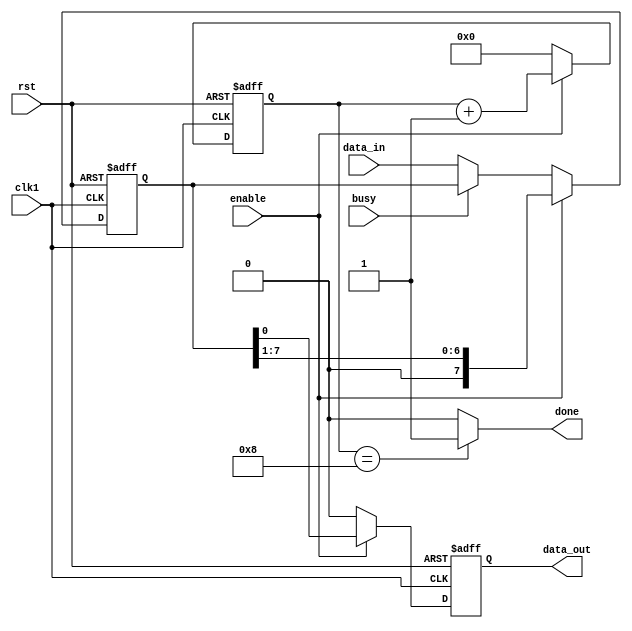
`timescale 1ns / 1ps
//////////////////////////////////////////////////////////////////////////////////
// Company: 
// Engineer: 
// 
// Design Name: 
// Module Name: serializer
// Project Name: 
// Target Devices: 
// Tool Versions: 
// Description: 
// 
// Dependencies: 
// 
// Revision:
// Revision 0.01 - File Created
// Additional Comments:
// 
//////////////////////////////////////////////////////////////////////////////////

module serializer(input wire [7:0] data_in,
                  input wire enable,
                  input wire busy,
                  input wire clk1,
                  input wire rst,
                 
                  output  done,
                  output reg data_out);

reg [7:0] shift_reg;
reg [3:0] counter; 
 
  always@(posedge clk1 or negedge rst) begin
    if(!rst) begin
        shift_reg=0;
    end
    else begin
        if( (!busy)) begin
            shift_reg <= data_in;
        end
         if( enable ) begin
            shift_reg <= shift_reg >>1;
        end
    end    
end

// Counter sequential logic
  always@(posedge clk1 or negedge rst) begin
    if(!rst) begin
        counter<=0;
    end
    else begin
        if(enable) begin
            counter <= counter+1;
        end
        else begin 
            counter <= 0;
        end
    end    
end

  always@(posedge clk1 or negedge rst) begin
    if(!rst) begin
        data_out<=0;
    end
    else begin
        if(enable) begin
            data_out <= shift_reg[0];
        end
        else begin 
            data_out <= 0;
        end
    end    
end
assign done = (counter == 8)? 1:0;
//assign data_out = shift_reg[0];
endmodule